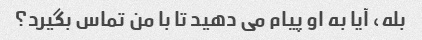
بله، آیا به او پیام می دهید تا با من تماس بگیرد؟